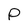
Character: p